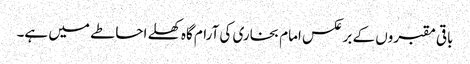
باقی مقبروں کے برعکس امام بخاری کی آرام گاہ کھلے احاطے میں ہے۔